Annual administration report of the Civil Veterinary Department of India - 1901-1902
Year: 1901
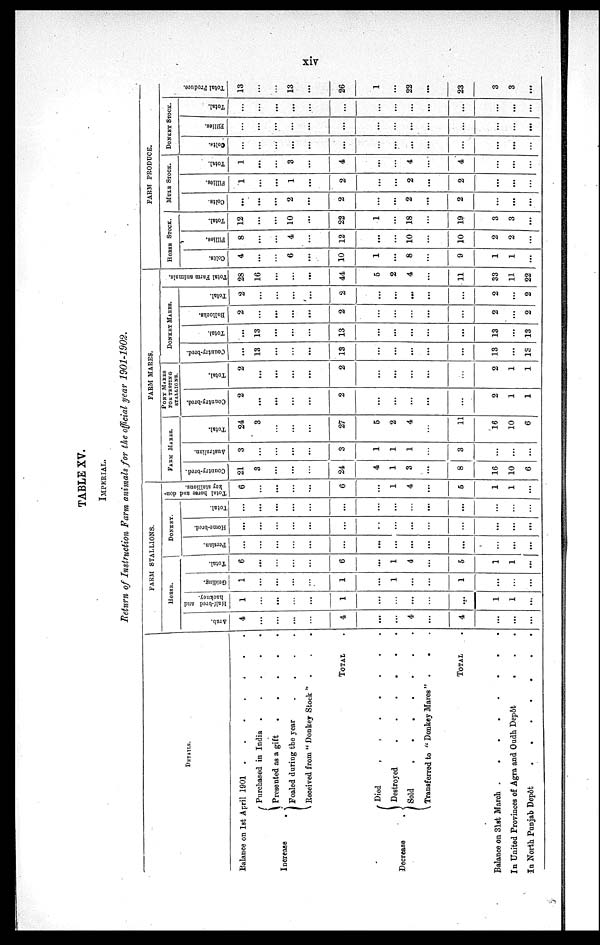
xiv
TABLE XV.
IMPERIAL.
Return of Instruction Farm animals for the official year 1901-1902.
DETAILS.
Balance on 1st April 1901 .
.
.
.
Increase
.
Purchased in India . .
Presented as a gift
. .
Foaled during the year .
Received from "Donkey Stock"
.
.
.
. . .
. . .
. . .
TOTAL .
Decrease
.
Died . . . .
Destroyed . . .
Sold
.
.
.
.
Transferred to "Donkey Mares"
. . .
. . .
. . .
. . .
TOTAL .
Balance on 31st March .
.
.
.
.
In United Provinces of Agra and Oudh Depôt
In North Punjab
Depôt
.
.
.
.
. . .
. . .
FARM STALLIONS.
HORSE.
Arab.
4
...
...
...
...
4
...
...
4
...
4
...
...
...
Half-bred and
hackney.
1
...
...
...
...
1
...
...
...
...
...
1
1
...
Gelding.
1
...
...
...
...
1
...
1
...
...
1
...
...
...
Total.
6
...
...
...
...
6
...
1
4
...
5
1
1
...
DONKEY.
Persian.
...
...
...
...
...
...
...
...
...
...
...
...
...
...
Home-bred.
...
...
...
...
...
...
...
...
...
...
...
...
...
...
Total.
...
...
...
...
...
...
...
...
...
...
...
...
...
...
Total horse and don-
key stallions.
6
...
...
...
...
6
...
1
4
...
5
1
1
...
FARM MARES.
FARM MARES.
Country-bred.
21
3
...
...
...
24
4
1
3
...
8
16
10
6
Australian.
3
...
...
...
...
3
1
1
1
...
3
...
...
...
Total.
24
3
...
...
...
27
5
2
4
...
11
16
10
6
PONY MARES
FOR TESTING
STALLIONS.
Country-bred.
2
...
...
...
...
2
...
...
...
...
...
2
1
1
Total.
2
...
...
...
...
2
...
...
...
...
...
2
1
1
DONKEY MARES.
Country-bred.
...
13
...
...
...
13
...
...
...
...
...
13
...
13
Total.
...
13
...
...
...
13
...
...
...
...
...
13
...
13
Bullocks.
2
...
...
...
...
2
...
...
...
...
...
2
...
2
Total.
2
...
...
...
...
2
...
...
...
...
...
2
...
2
Total Farm animals.
28
16
...
...
...
44
5
2
4
...
11
33
11
22
FARM PRODUCE.
HORSE STOCK.
Colts.
4
...
...
6
...
10
1
...
8
...
9
1
1
...
Fillies.
8
...
...
4
...
12
...
...
10
...
10
2
2
...
Total.
12
...
...
10
...
22
1
...
18
...
19
3
3
...
MULE STOCK.
Colts.
...
...
...
2
...
2
...
...
2
...
2
...
...
...
Fillios.
1
...
...
1
...
2
...
...
2
...
2
...
...
...
Total.
1
...
...
3
...
4
...
...
4
...
4
...
...
...
DONKEY STOCK.
Colts.
...
...
...
...
...
...
...
...
...
...
...
...
...
...
Fillies.
...
...
...
...
...
...
...
...
...
...
...
...
...
...
Total.
...
...
...
...
...
...
...
...
...
...
...
...
...
...
Tot al Pr oduce.
13
...
...
13
...
26
1
...
22
...
23
3
3
...